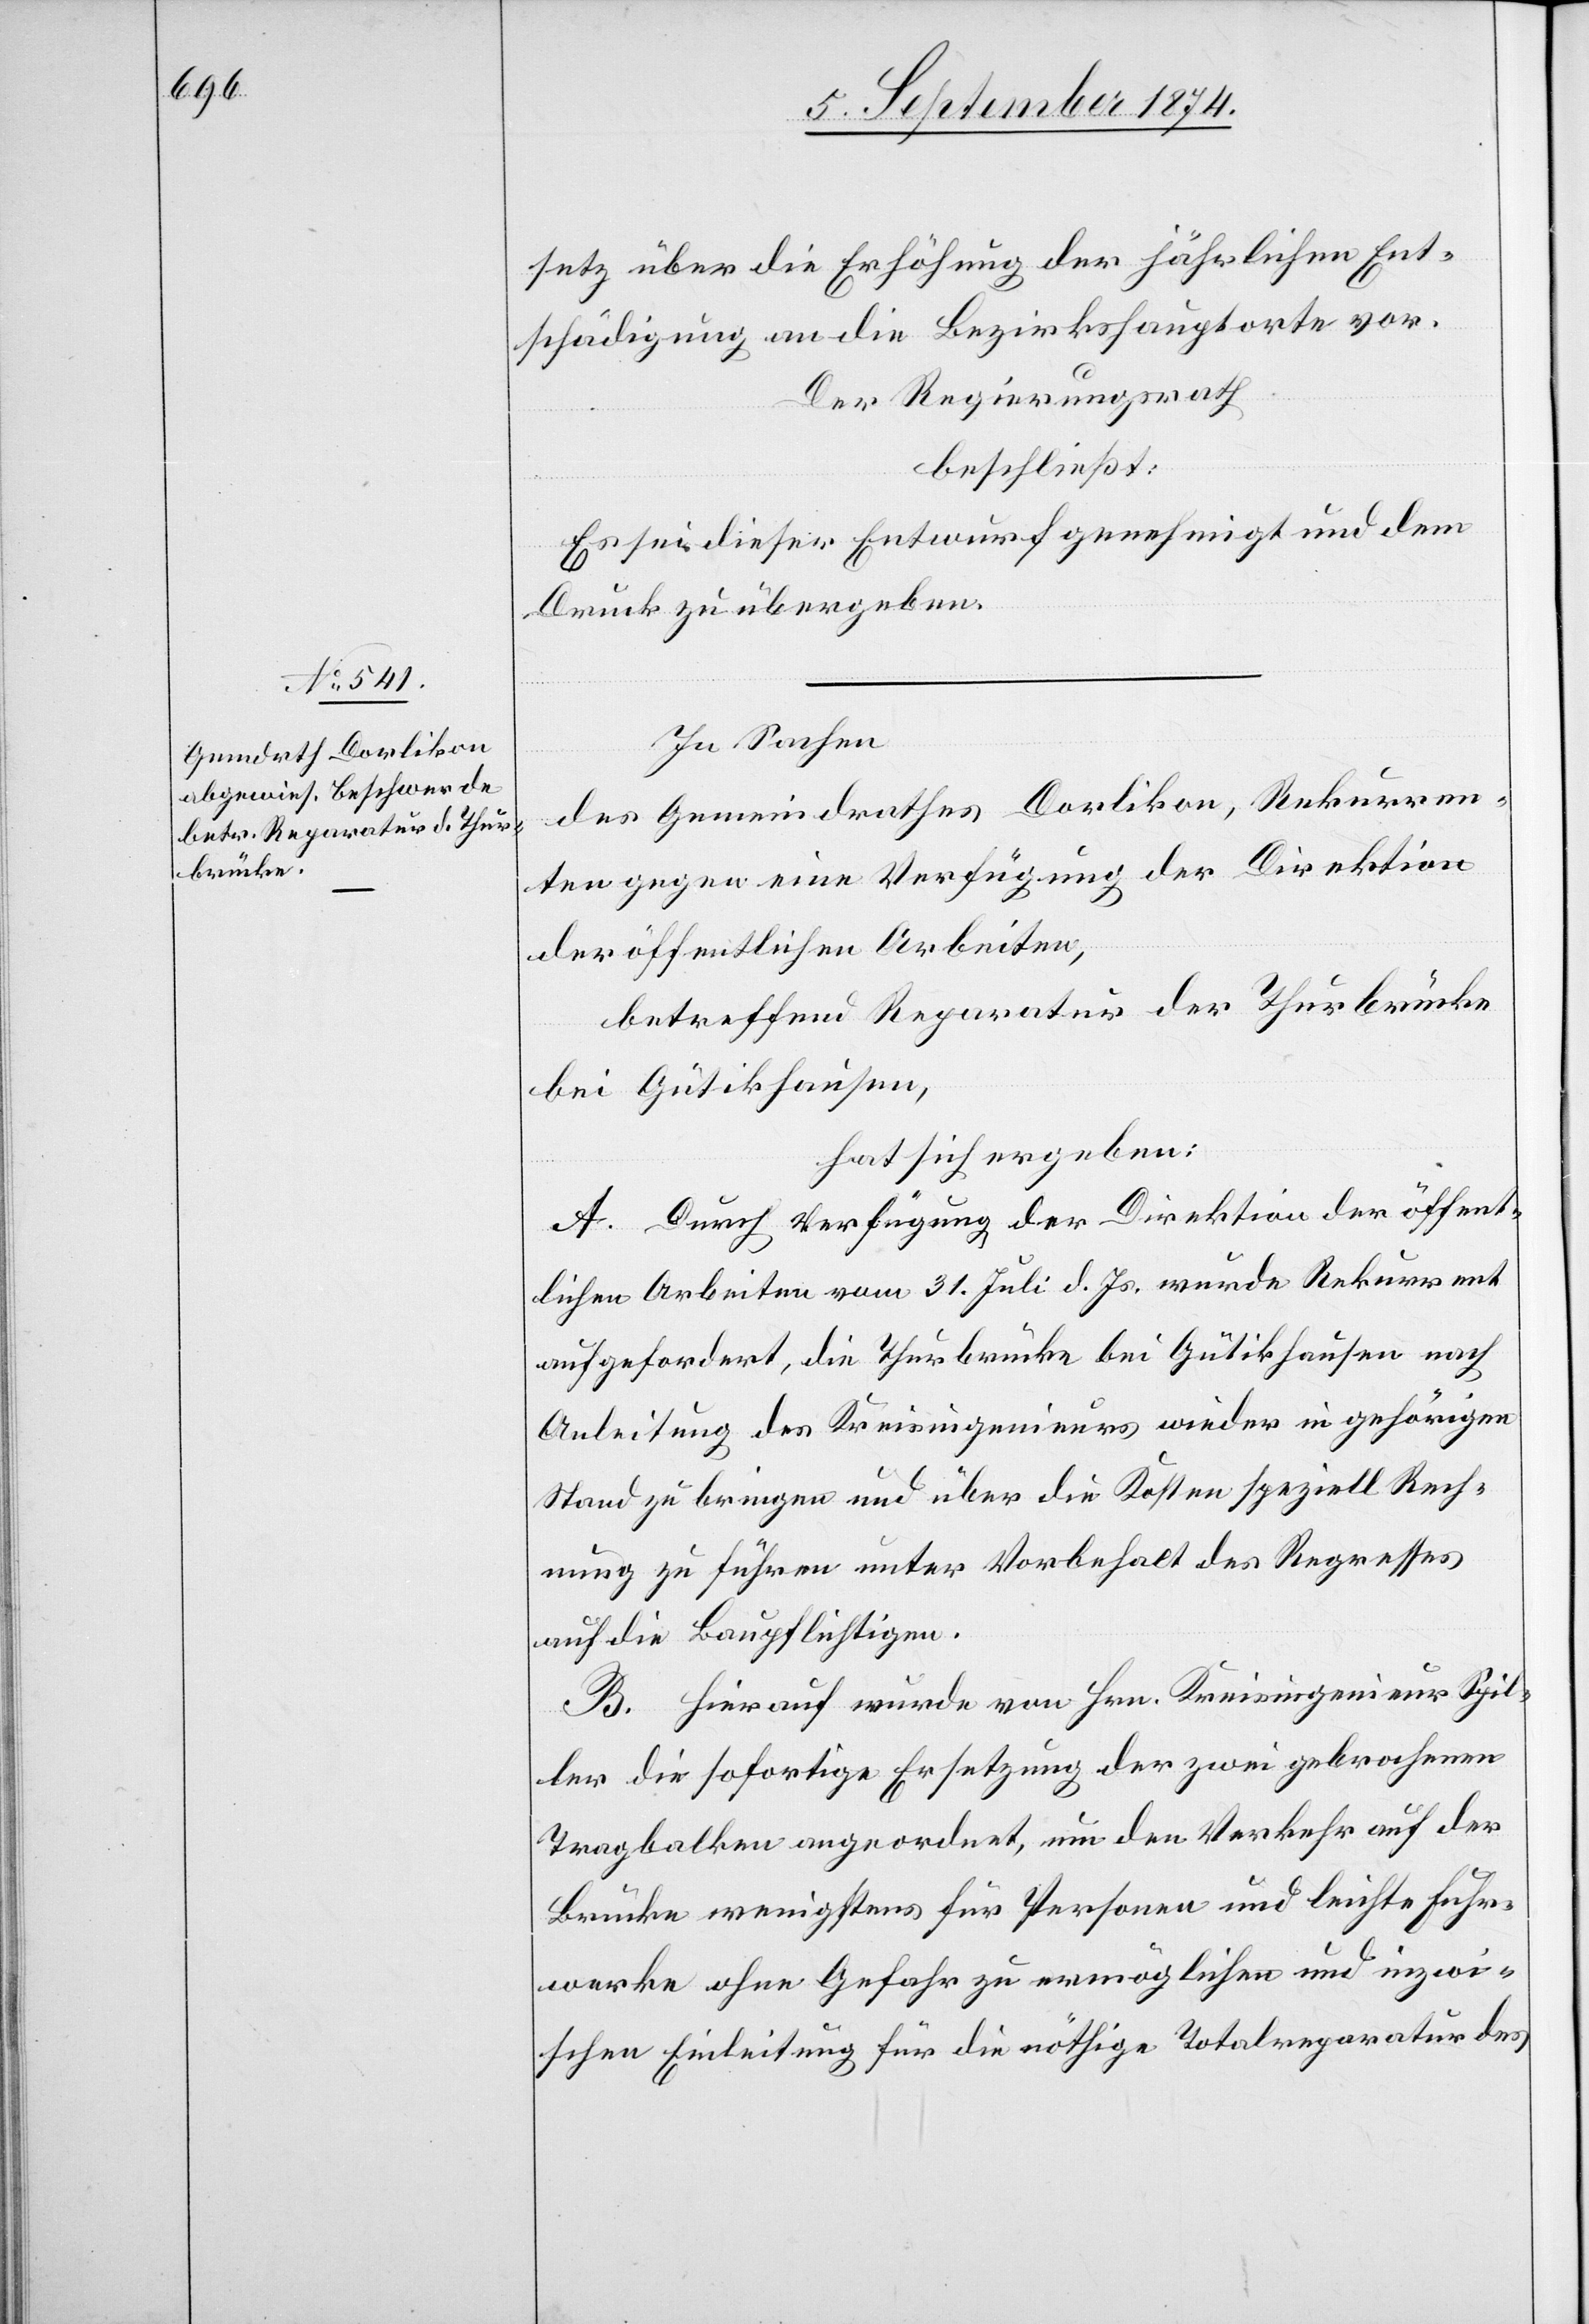
setz über die Erhöhung der jährlichen Ent¬
schädigung an die Bezirkshauptorte vor.
Der Regierungsrath
beschließt:
Es sei dieser Entwurf genehmigt und dem
Druck zu übergeben.
In Sachen
des Gemeindrathes Dorlikon, Rekurren¬
ten gegen eine Verfügung der Direktion
der öffentlichen Arbeiten,
betreffend Reparatur der Thurbrücke
bei Gütikhausen,
hat sich ergeben:
A. Durch Verfügung der Direktion der öffent¬
lichen Arbeiten vom 31. Juli d. Js. wurde Rekurrent
aufgefordert, die Thurbrücke bei Gütikhausen nach
Anleitung des Kreisingenieurs wieder in gehörigen
Stand zu bringen und über die Kosten speziell Rech¬
nung zu führen unter Vorbehalt des Regresses
auf die Baupflichtigen.
B. Hierauf wurde von Hrn. Kreisingenieur Spil¬
ler die sofortige Ersetzung der zwei gebrochenen
Tragbalken angeordnet, um den Verkehr auf der
Brücke wenigstens für Personen und leichte Fuhr¬
werke ohne Gefahr zu ermöglichen und inzwi¬
schen Einleitung für die nöthige Totalreparatur des